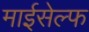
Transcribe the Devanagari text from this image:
माईसेल्फ